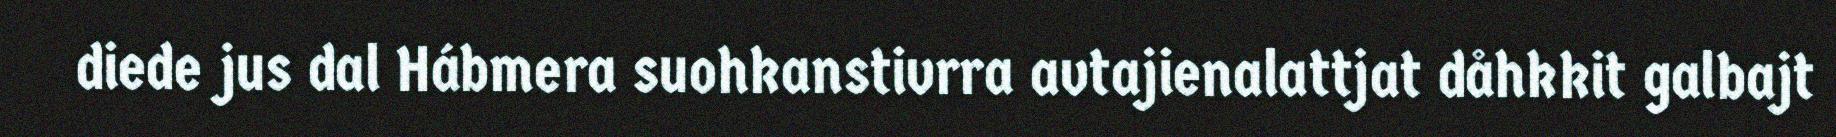
diede jus dal Hábmera suohkanstivrra avtajienalattjat dåhkkit galbajt